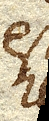
est